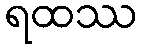
ရထဿ